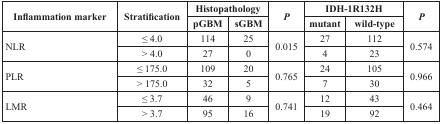
| <ROWSPAN=2> Inflammation marker | <ROWSPAN=2> Stratification | <COLSPAN=2> Histopathology | <ROWSPAN=2> P | <COLSPAN=2> IDH-1R132H | <ROWSPAN=2> P |
 | pGBM | sGBM | mutant | wild-type |
 | --- | --- | --- | --- | --- | --- | --- | --- |
 | <ROWSPAN=2> NLR | ≤ 4.0 | 114 | 25 | <ROWSPAN=2> 0.015 | 27 | 112 | <ROWSPAN=2> 0.574 |
 | > 4.0 | 27 | 0 | 4 | 23 |
 | <ROWSPAN=2> PLR | ≤ 175.0 | 109 | 20 | <ROWSPAN=2> 0.765 | 24 | 105 | <ROWSPAN=2> 0.966 |
 | > 175.0 | 32 | 5 | 7 | 30 |
 | <ROWSPAN=2> LMR | ≤ 3.7 | 46 | 9 | <ROWSPAN=2> 0.741 | 12 | 43 | <ROWSPAN=2> 0.464 |
 | > 3.7 | 95 | 16 | 19 | 92 |